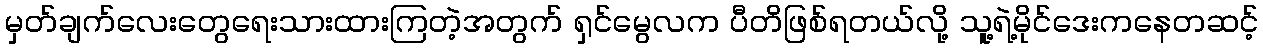
မှတ်ချက်လေးတွေရေးသားထားကြတဲ့အတွက် ရှင်မွေလက ပီတိဖြစ်ရတယ်လို့ သူ့ရဲ့မိုင်ဒေးကနေတဆင့်